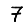
Digit: 7